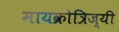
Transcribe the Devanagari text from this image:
मायक्रोत्रिज्यी